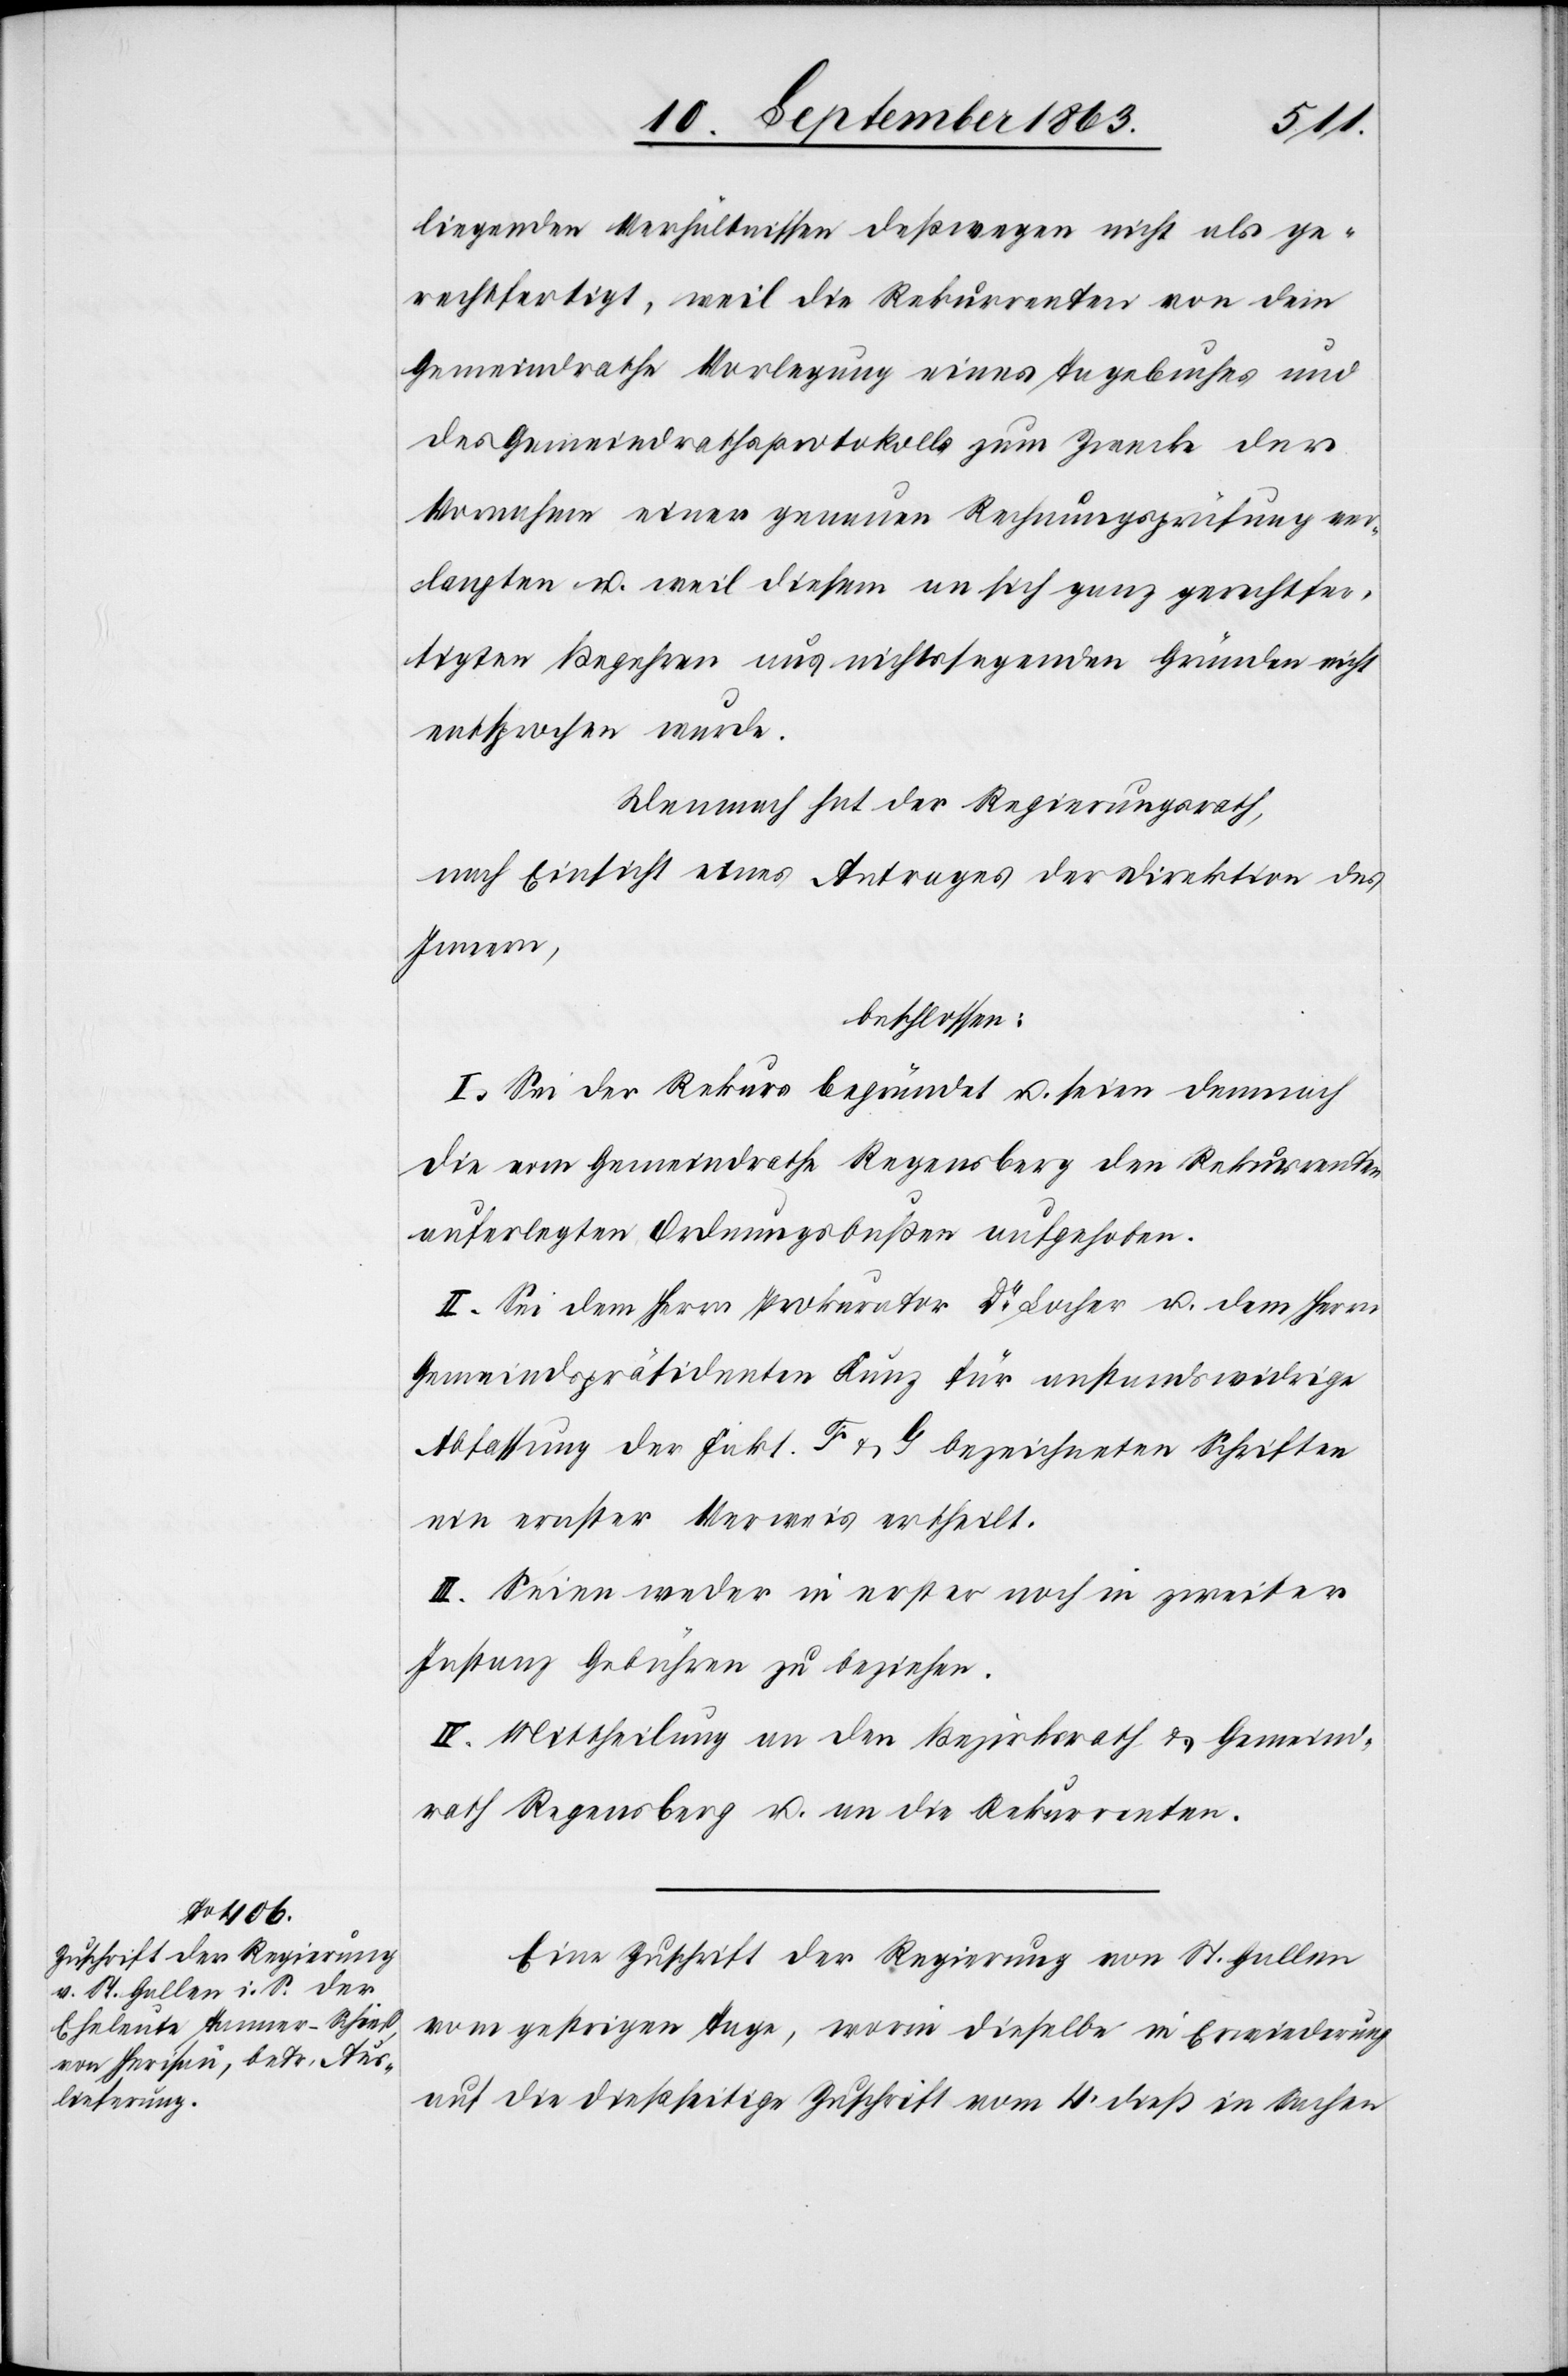
liegenden Verhältnissen deßwegen nicht als ge¬
rechtfertigt, weil die Rekurrenten von dem
Gemeindrathe Vorlegung eines Tagebuches und
des Gemeindrathsprotokolls zum Zwecke der
Vornahme einer genauen Rechnungsprüfung ver¬
langten u. weil diesem an sich ganz gerechtfer¬
tigten Begehren aus nichtssagenden Gründen nicht
entsprochen wurde.
Demnach hat der Regierungsrath,
nach Einsicht eines Antrages der Direktion des
Innern,
beschlossen:
I. Sei der Rekurs begründet u. seien demnach
die vom Gemeindrathe Regensberg den Rekurrenten
auferlegten Ordnungsbußen aufgehoben.
II. Sei dem Herrn Prokurator Dr Locher u. dem Herrn
Gemeindspräsidenten Kunz für anstandswidrige
Abfassung der Fakt. F & G bezeichneten Schriften
ein ernster Verweis ertheilt.
III. Seien weder in erster noch in zweiter
Instanz Gebühren zu beziehen.
IV. Mittheilung an den Bezirksrath & Gemeind¬
rath Regensberg u. an die Rekurrenten.
Eine Zuschrift der Regierung von St. Gallen
vom gestrigen Tage, worin dieselbe in Erwiederung
auf die dießseitige Zuschrift vom 4. dieß in Sachen